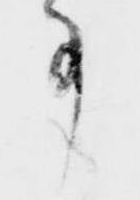
事